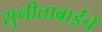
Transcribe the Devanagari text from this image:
सुनीताबाईंचे